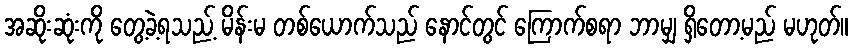
အဆိုးဆုံးကို တွေ့ခဲ့ရသည့် မိန်းမ တစ်ယောက်သည် နောင်တွင် ကြောက်စရာ ဘာမျှ ရှိတော့မည် မဟုတ်။